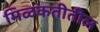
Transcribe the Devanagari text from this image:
मिळकतीतील